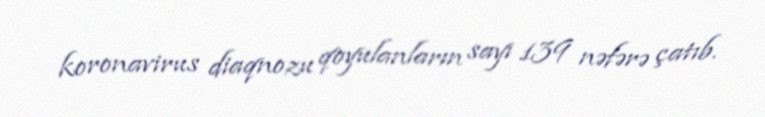
koronavirus diaqnozu qoyulanların sayı 139 nəfərə çatıb.